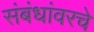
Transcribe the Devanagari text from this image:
संबंधांवरचे